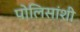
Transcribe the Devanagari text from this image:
पोलिसांशी